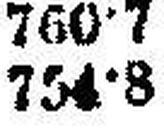
754·8